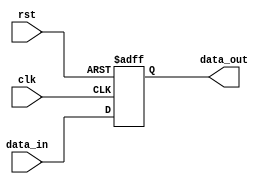
module synchronous_register (
    input wire clk,         // Clock input
    input wire rst,         // Reset input
    input wire [7:0] data_in, // 8-bit data input
    output reg [7:0] data_out // 8-bit data output (registered)
);

// Always block sensitive to the rising edge of the clock or reset signal
always @(posedge clk or posedge rst) begin
    if (rst) begin
        // Asynchronous reset: initialize the register to zero
        data_out <= 8'b0;
    end else begin
        // Capture the input data on the rising edge of the clock
        data_out <= data_in;
    end
end

endmodule